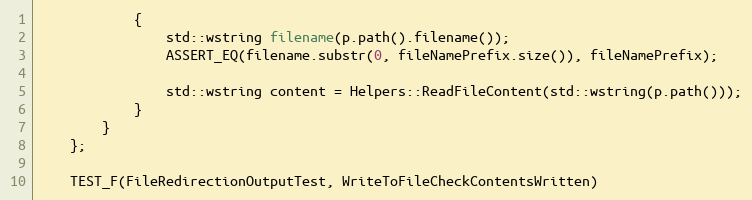
Language: C++
            {
                std::wstring filename(p.path().filename());
                ASSERT_EQ(filename.substr(0, fileNamePrefix.size()), fileNamePrefix);

                std::wstring content = Helpers::ReadFileContent(std::wstring(p.path()));
            }
        }
    };

    TEST_F(FileRedirectionOutputTest, WriteToFileCheckContentsWritten)